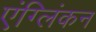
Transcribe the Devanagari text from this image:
एंग्लिंकन